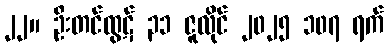
၂၂။ ဦးတင်ထွဋ် ၃၁ ဇူလိုင် ၂၀၂၅ ၁၀၇ ရက်